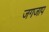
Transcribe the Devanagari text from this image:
जगजाप